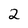
Character: 2